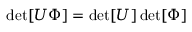
\operatorname* { d e t } [ U \Phi ] = \operatorname* { d e t } [ U ] \operatorname* { d e t } [ \Phi ]